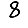
Digit: 8